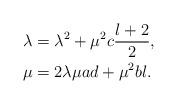
LaTeX: \begin{align*}\lambda & = \lambda^2+\mu^2c \frac{l+2}{2}, \\\mu & = 2\lambda \mu ad + \mu^{2}b l. \end{align*}